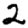
Digit: 2